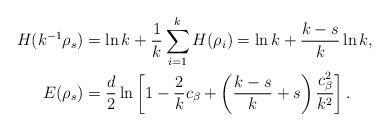
LaTeX: \begin{align*}H(k^{-1}\rho_s)&=\ln k + \frac{1}{k}\sum_{i=1}^kH(\rho_i)=\ln k + \frac{k-s}{k}\ln k,\\E(\rho_s)&=\frac{d}{2}\ln\left[1-\frac{2}{k}c_\beta+\left(\frac{k-s}{k}+s\right)\frac{c_\beta^2}{k^2}\right].\end{align*}